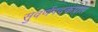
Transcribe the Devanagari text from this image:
सुवर्णपदकप्राप्त